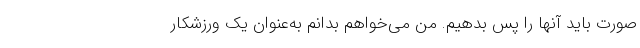
صورت باید آنها را پس بدهیم. من می‌خواهم بدانم به‌عنوان یک ورزشکار